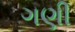
ગણી